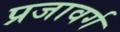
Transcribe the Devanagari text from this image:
प्रजावर्ग